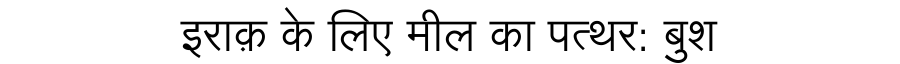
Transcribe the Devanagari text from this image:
इराक़ के लिए मील का पत्थर: बुश